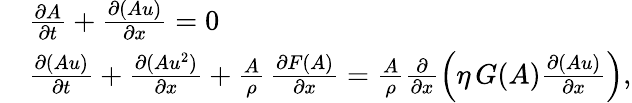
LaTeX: \begin{array}{rl}&{\frac{\partial A}{\partial t}+\frac{\partial(Au)}{\partial x}=0}\\ &{\frac{\partial(Au)}{\partial t}+\frac{\partial(Au^{2})}{\partial x}+\frac{A}{\rho}\, \frac{\partial F(A)}{\partial x}=\frac{A}{\rho}\frac{\partial}{\partial x}\left(\eta\, G(A)\frac{\partial(Au)}{\partial x}\right),}\end{array}